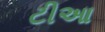
ટીઆ